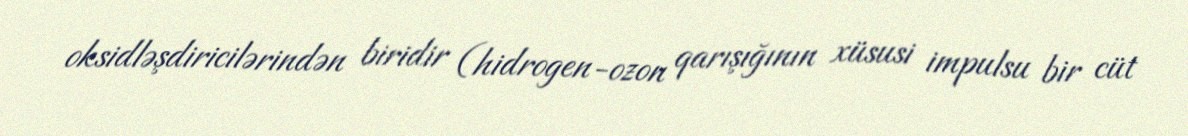
oksidləşdiricilərindən biridir (hidrogen-ozon qarışığının xüsusi impulsu bir cüt